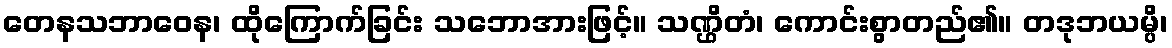
တေနသဘာဝေန၊ ထိုကြောက်ခြင်း သဘောအားဖြင့်။ သဏ္ဌိတံ၊ ကောင်းစွာတည်၏။ တဒုဘယမ္ပိ၊